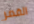
القمر